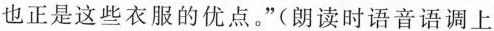
也正是这些衣服的优点。”(朗读时语音语调上